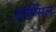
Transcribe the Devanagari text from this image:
कौण्सिल